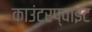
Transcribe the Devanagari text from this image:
काउंटरप्वाइंट